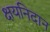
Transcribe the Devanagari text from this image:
क्षयनिदान